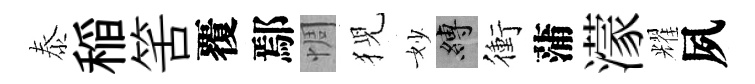
泰稲筈覆鄢惆猊妙縛衝蒲濛耀夙